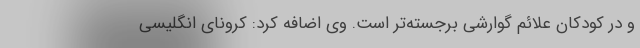
و در کودکان علائم گوارشی برجسته‌تر است. وی اضافه کرد: کرونای انگلیسی